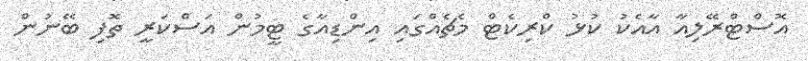
އޮސްޓްރޭލިއާ އާއެކު ކުޅު ކްރިކެޓް މެޗެއްގައި އިންޑިއާގެ ޓީމުން އަސްކަރީ ތޮފި ބޭނުން